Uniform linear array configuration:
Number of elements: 4
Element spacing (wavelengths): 1
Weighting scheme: kaiser
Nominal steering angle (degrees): -45
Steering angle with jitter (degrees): -43.832
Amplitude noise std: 0.05
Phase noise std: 0.05

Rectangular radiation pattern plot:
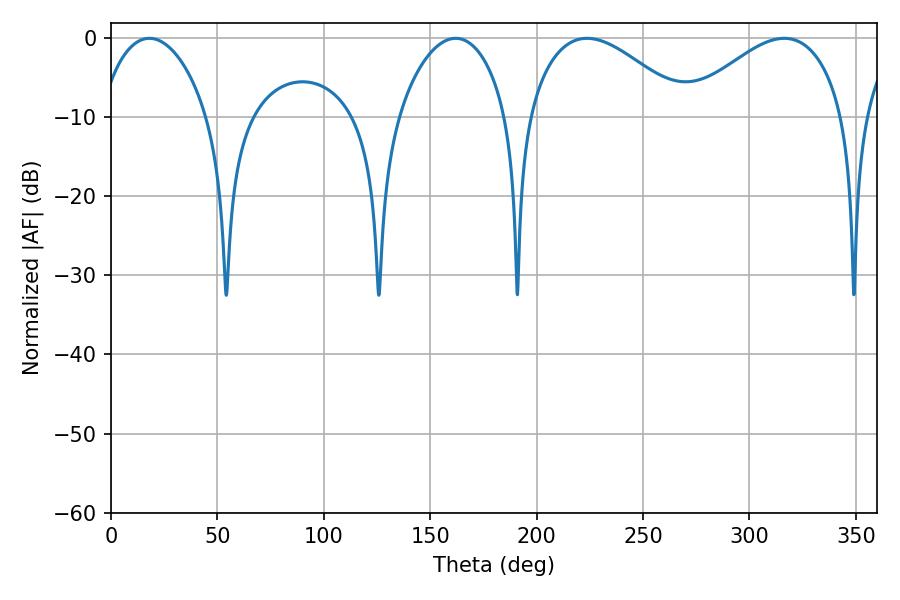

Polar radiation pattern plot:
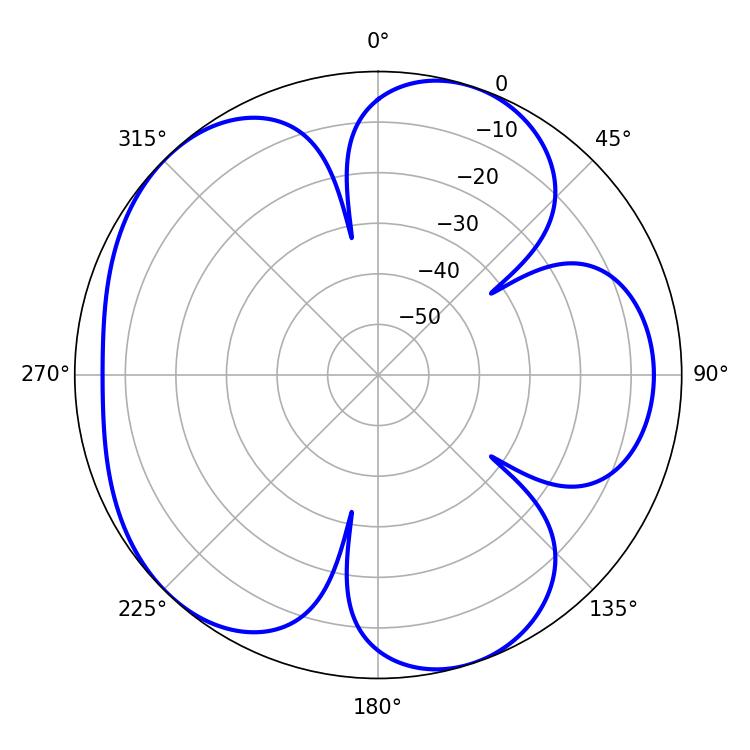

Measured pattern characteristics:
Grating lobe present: TRUE
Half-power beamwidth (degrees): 28.8
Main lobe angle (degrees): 18